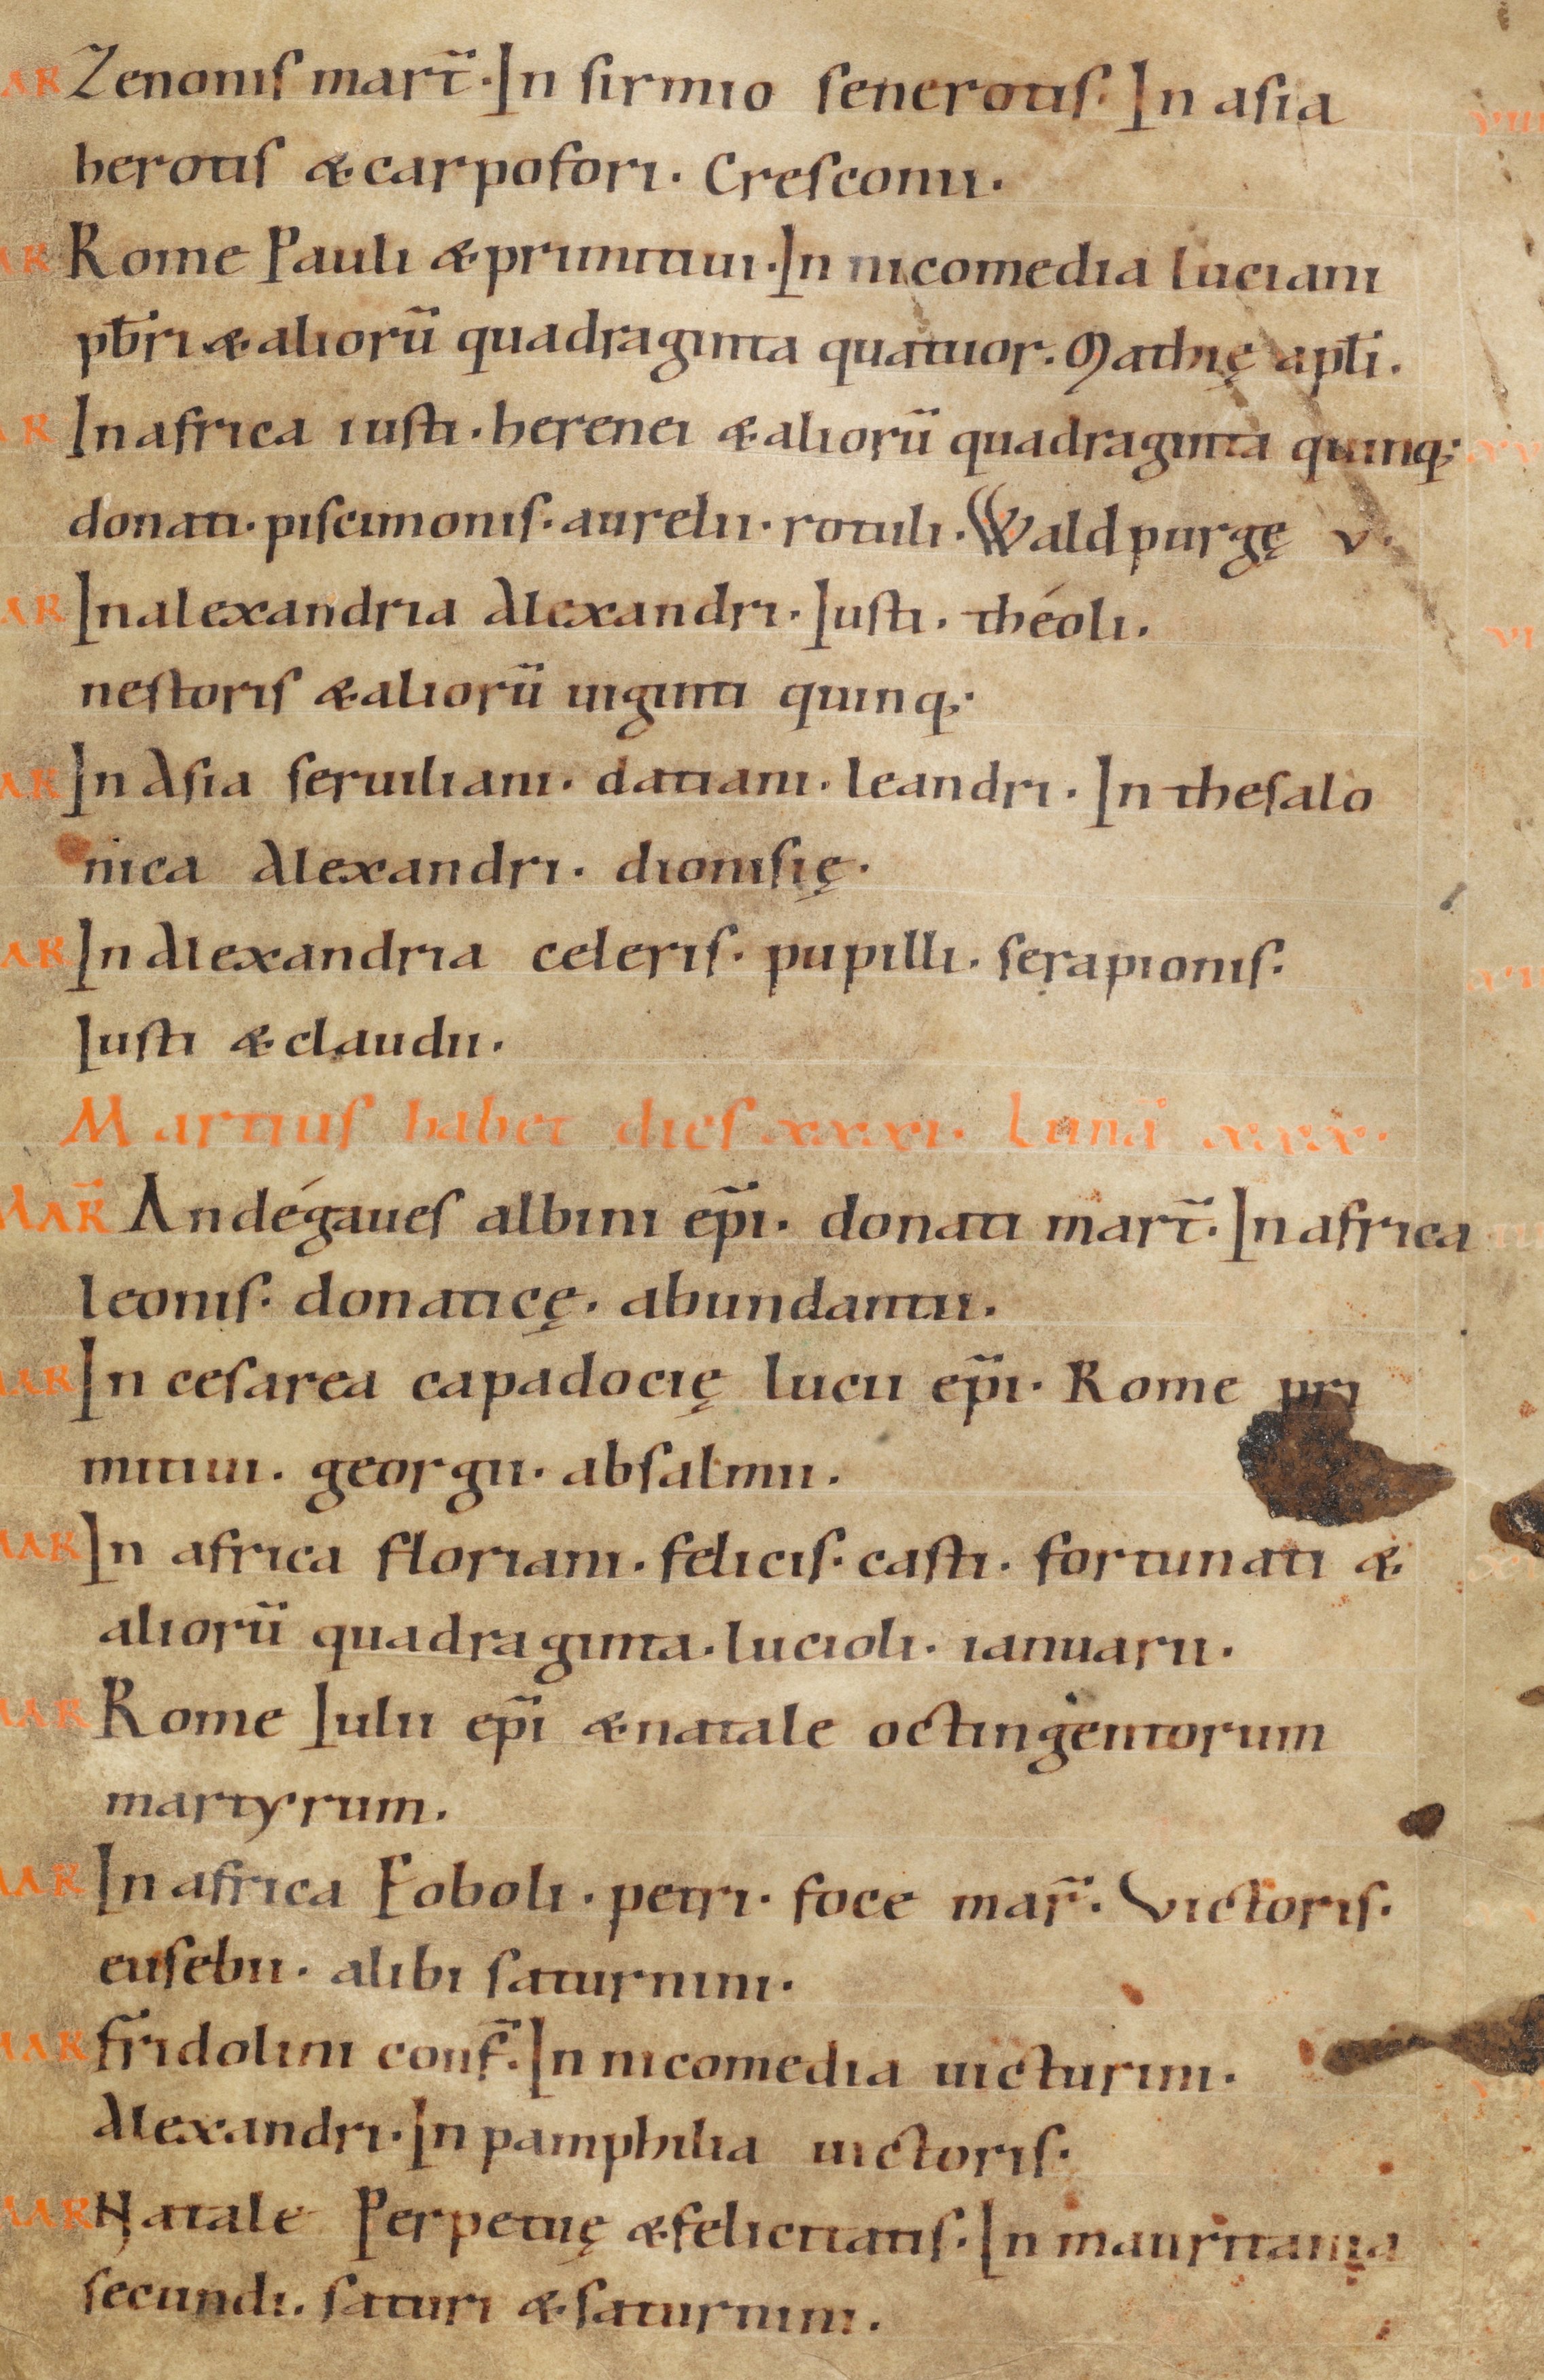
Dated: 1070–1099